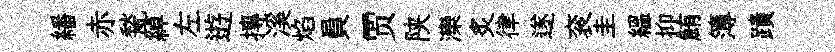
繙赤甃綽左逰摶溪焰員贾陕灤炙律遂衮圭緼抑鮪簿蹟